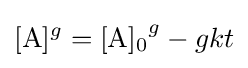
[{\ce {A}}]^{g}={{\ce {[A]0}}^{g}}-gkt